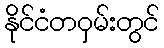
နိုင်ငံတဝှမ်းတွင်